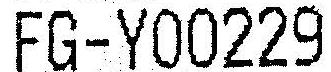
FG-Y00229